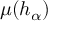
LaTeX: \mu ( h _ { \alpha } )